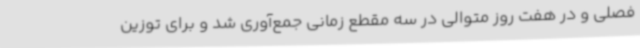
فصلی و در هفت روز متوالی در سه مقطع زمانی جمع‌آوری شد و برای توزین